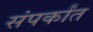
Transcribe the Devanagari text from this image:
संपर्कांत